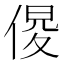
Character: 𠋍